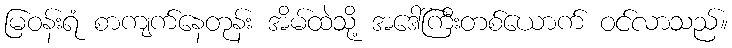
မြဝန်းရံ စာကျက်နေတုန်း အိမ်ထဲသို့ အဒေါ်ကြီးတစ်ယောက် ဝင်လာသည်။